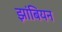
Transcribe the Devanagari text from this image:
झांबियन